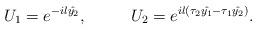
LaTeX: \begin{align*}U_1=e^{-il\hat{y_2}},~~~~~~~~U_2=e^{il(\tau_2\hat{y_1}-\tau_1\hat{y_2})}.\end{align*}